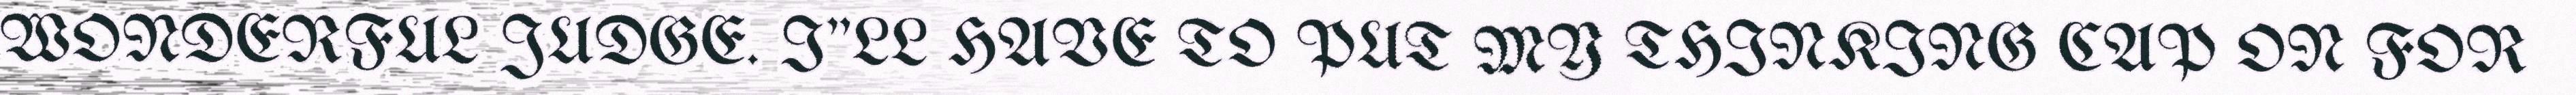
WONDERFUL JUDGE. I"LL HAVE TO PUT MY THINKING CAP ON FOR